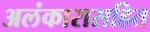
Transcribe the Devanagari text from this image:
अलंकारासहित